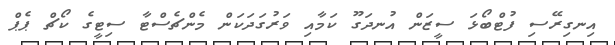
އިނގިރޭސި ފުޓްބޯޅަ ސީޒަން އުނދަގޫ ކަމާއި ވަރުގަދަކަން މެންޗެސްޓާ ސިޓީގެ ކޯޗް ޕެޕް